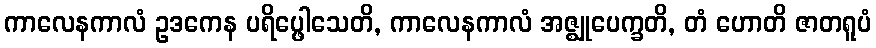
ကာလေနကာလံ ဥဒကေန ပရိပ္ဖေါသေတိ, ကာလေနကာလံ အဇ္ဈုပေက္ခတိ, တံ ဟောတိ ဇာတရူပံ